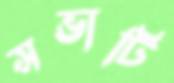
সভাটি